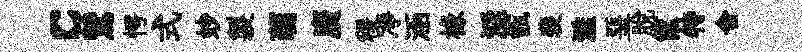
c鷥愕式妙製蘤廣稷凈涵椽淫甑裴濫堊脱筐特舍